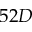
5 2 D